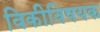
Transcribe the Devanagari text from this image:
विकीविषयक